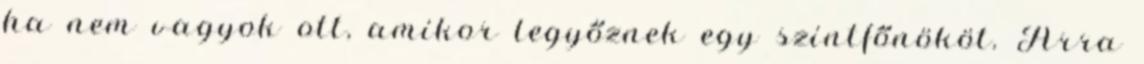
ha nem vagyok ott, amikor legyőznek egy szintfőnököt. Arra